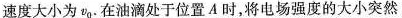
速度大小为v_{0}.在油滴处于位置A时，将电场强度的大小突然